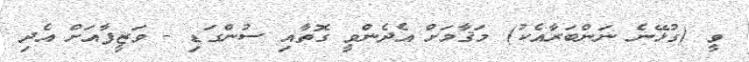
ވީ (ގުޅޭނެ ނަންބަރާއެކު) މަޤާމަށް އެދެންވީ ގޮތާއި ސުންގަޑި - ވަޒީފާއަށް އެދި